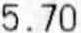
5.70